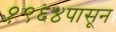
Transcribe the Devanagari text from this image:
१९६४पासून